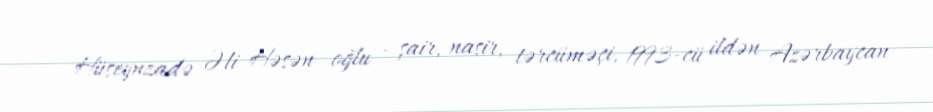
Hüseynzadə Əli Həsən oğlu - şair, nasir, tərcüməçi, 1993-cü ildən Azərbaycan